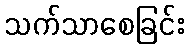
သက်သာစေခြင်း